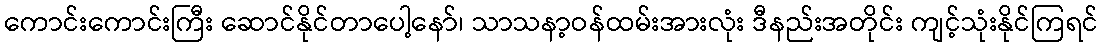
ကောင်းကောင်းကြီး ဆောင်နိုင်တာပေါ့နော်၊ သာသနာ့ဝန်ထမ်းအားလုံး ဒီနည်းအတိုင်း ကျင့်သုံးနိုင်ကြရင်